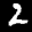
Label: 2